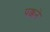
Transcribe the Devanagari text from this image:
पक्कने